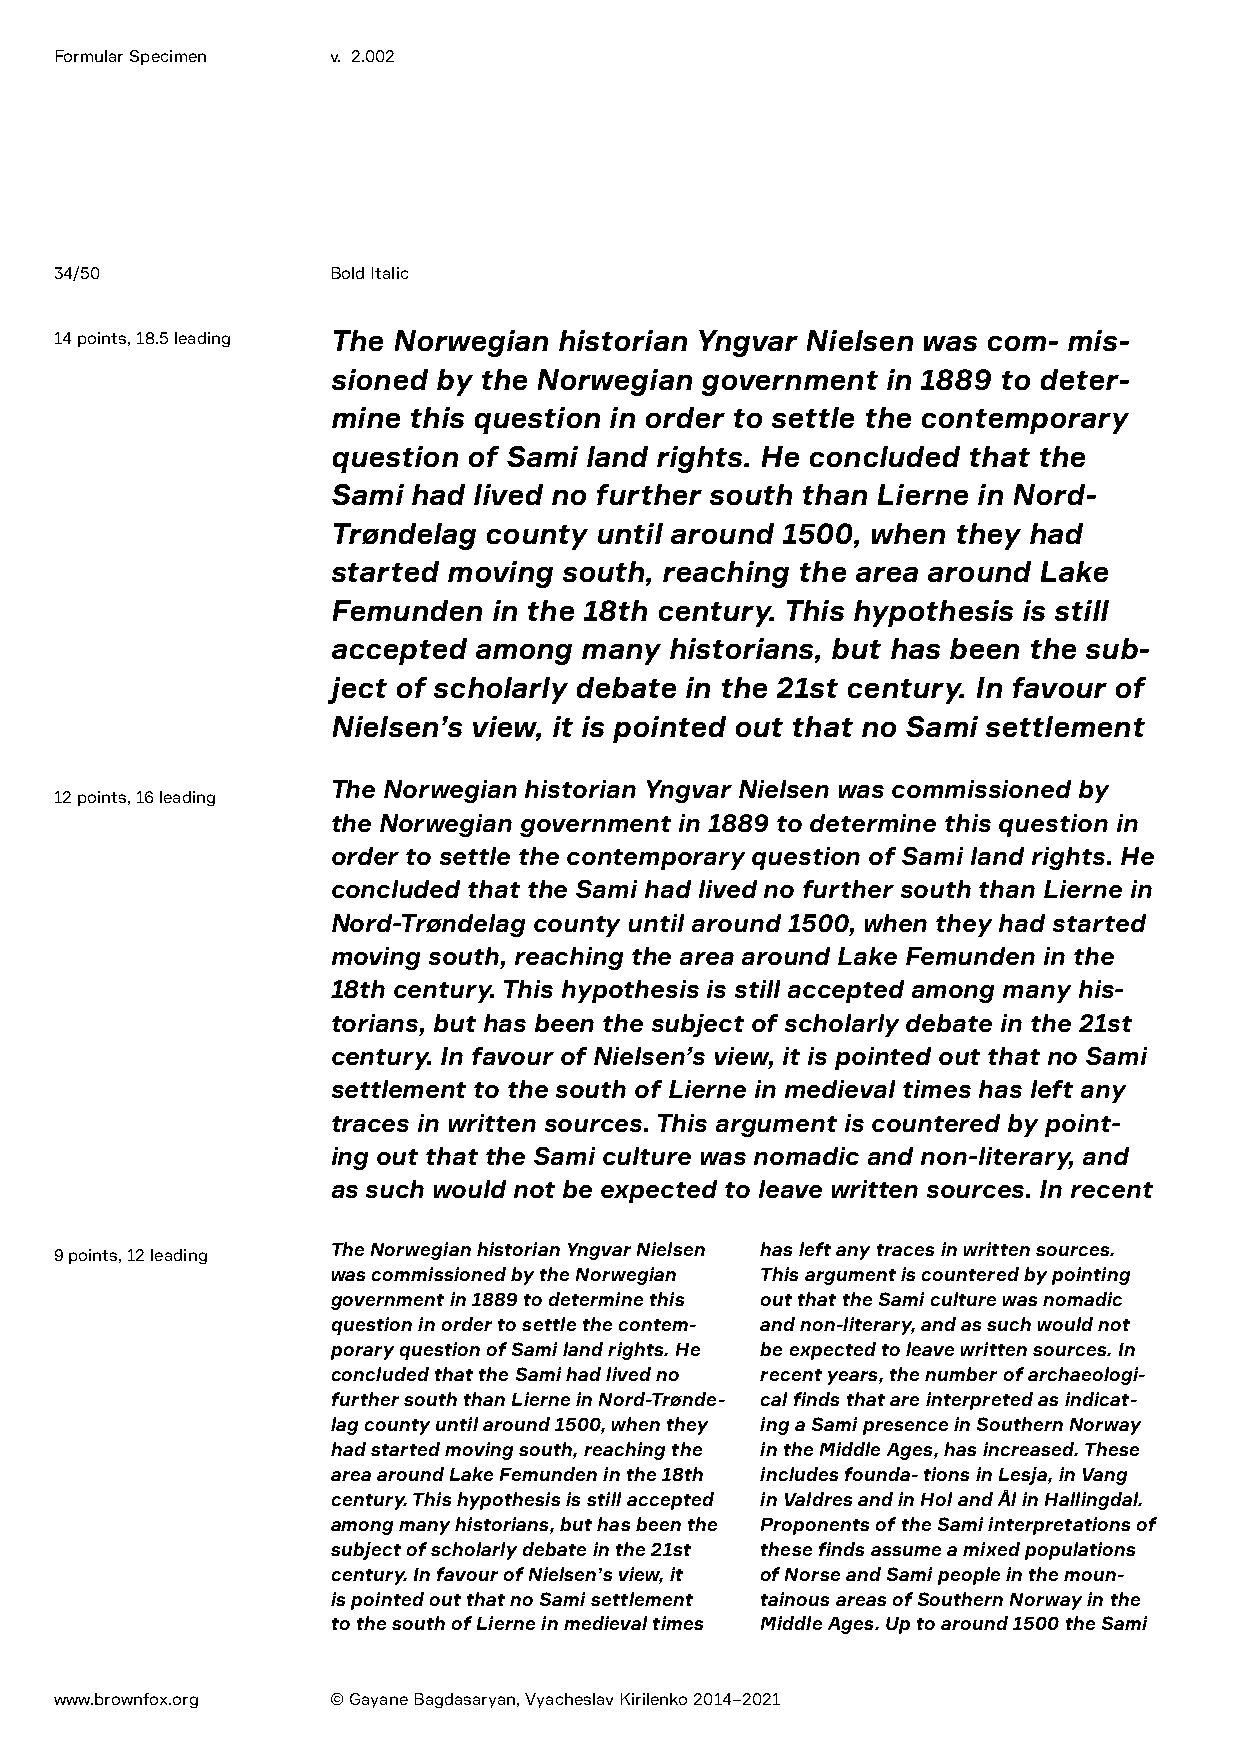
Formular Specimen v. 2.002
 34/50             Bold Italic
 14 points, 18.5 leading The Norwegian historian Yngvar Nielsen was com- mis-
 sioned by the Norwegian government   in 1889 to deter-
 mine this question in order to settle the contemporary
 question of Sami land rights. He concluded that the
 Sami had lived no further south than Lierne in Nord-
 Trøndelag county until around 1500, when they had
 started moving south, reaching the area around Lake
 Femunden  in the 18th century. This hypothesis is still
 accepted among  many  historians, but has been the sub-
 ject of scholarly debate in the 21st century. In favour of
 Nielsen’s view, it is pointed out that no Sami settlement
 The Norwegian historian Yngvar Nielsen was commissioned by
 12 points, 16 leading
 the Norwegian government in 1889 to determine this question in
 order to settle the contemporary question of Sami land rights. He
 concluded that the Sami had lived no further south than Lierne in
 Nord-Trøndelag county until around 1500, when they had started
 moving south, reaching the area around Lake Femunden in the
 18th century. This hypothesis is still accepted among many his-
 torians, but has been the subject of scholarly debate in the 21st
 century. In favour of Nielsen’s view, it is pointed out that no Sami
 settlement to the south of Lierne in medieval times has left any
 traces in written sources. This argument is countered by point-
 ing out that the Sami culture was nomadic and non-literary, and
 as such would not be expected to leave written sources. In recent
 The Norwegian historian Yngvar Nielsen has left any traces in written sources.
 9 points, 12 leading
 was commissioned by the Norwegian This argument is countered by pointing
 government in 1889 to determine this out that the Sami culture was nomadic
 question in order to settle the contem- and non-literary, and as such would not
 porary question of Sami land rights. He be expected to leave written sources. In
 concluded that the Sami had lived no recent years, the number of archaeologi-
 further south than Lierne in Nord-Trønde- cal finds that are interpreted as indicat-
 lag county until around 1500, when they ing a Sami presence in Southern Norway
 had started moving south, reaching the in the Middle Ages, has increased. These
 area around Lake Femunden in the 18th includes founda- tions in Lesja, in Vang
 century. This hypothesis is still accepted in Valdres and in Hol and Ål in Hallingdal.
 among many historians, but has been the Proponents of the Sami interpretations of
 subject of scholarly debate in the 21st these finds assume a mixed populations
 century. In favour of Nielsen’s view, it of Norse and Sami people in the moun-
 is pointed out that no Sami settlement tainous areas of Southern Norway in the
 to the south of Lierne in medieval times Middle Ages. Up to around 1500 the Sami
 www.brownfox.org  © Gayane Bagdasaryan, Vyacheslav Kirilenko 2014–2021